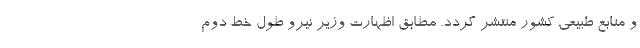
و منابع طبیعی کشور منتشر گردد. مطابق اظهارت وزیر نیرو طول خط دوم